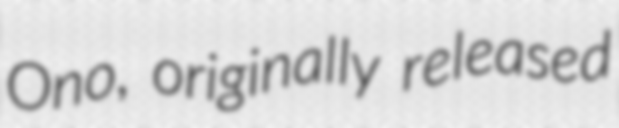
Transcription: Ono, originally released